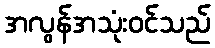
အလွန်အသုံးဝင်သည်